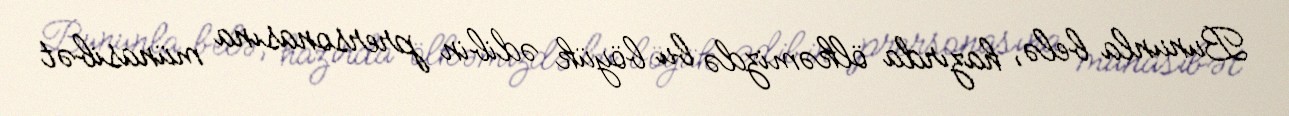
Bununla belə, hazırda ölkəmizdə bu böyük ədibin prersonasına münasibət